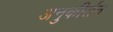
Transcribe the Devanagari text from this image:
अनुकीर्तन